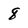
Character: 8